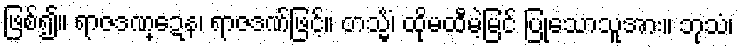
ဖြစ်၍။ ရာဇဒဏ္ဍေန၊ ရာဇဒဏ်ဖြင့်။ တသ္မိံ၊ ထိုမထီမဲ့မြင် ပြုသောသူအား။ ဘုသံ၊